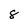
Character: 8